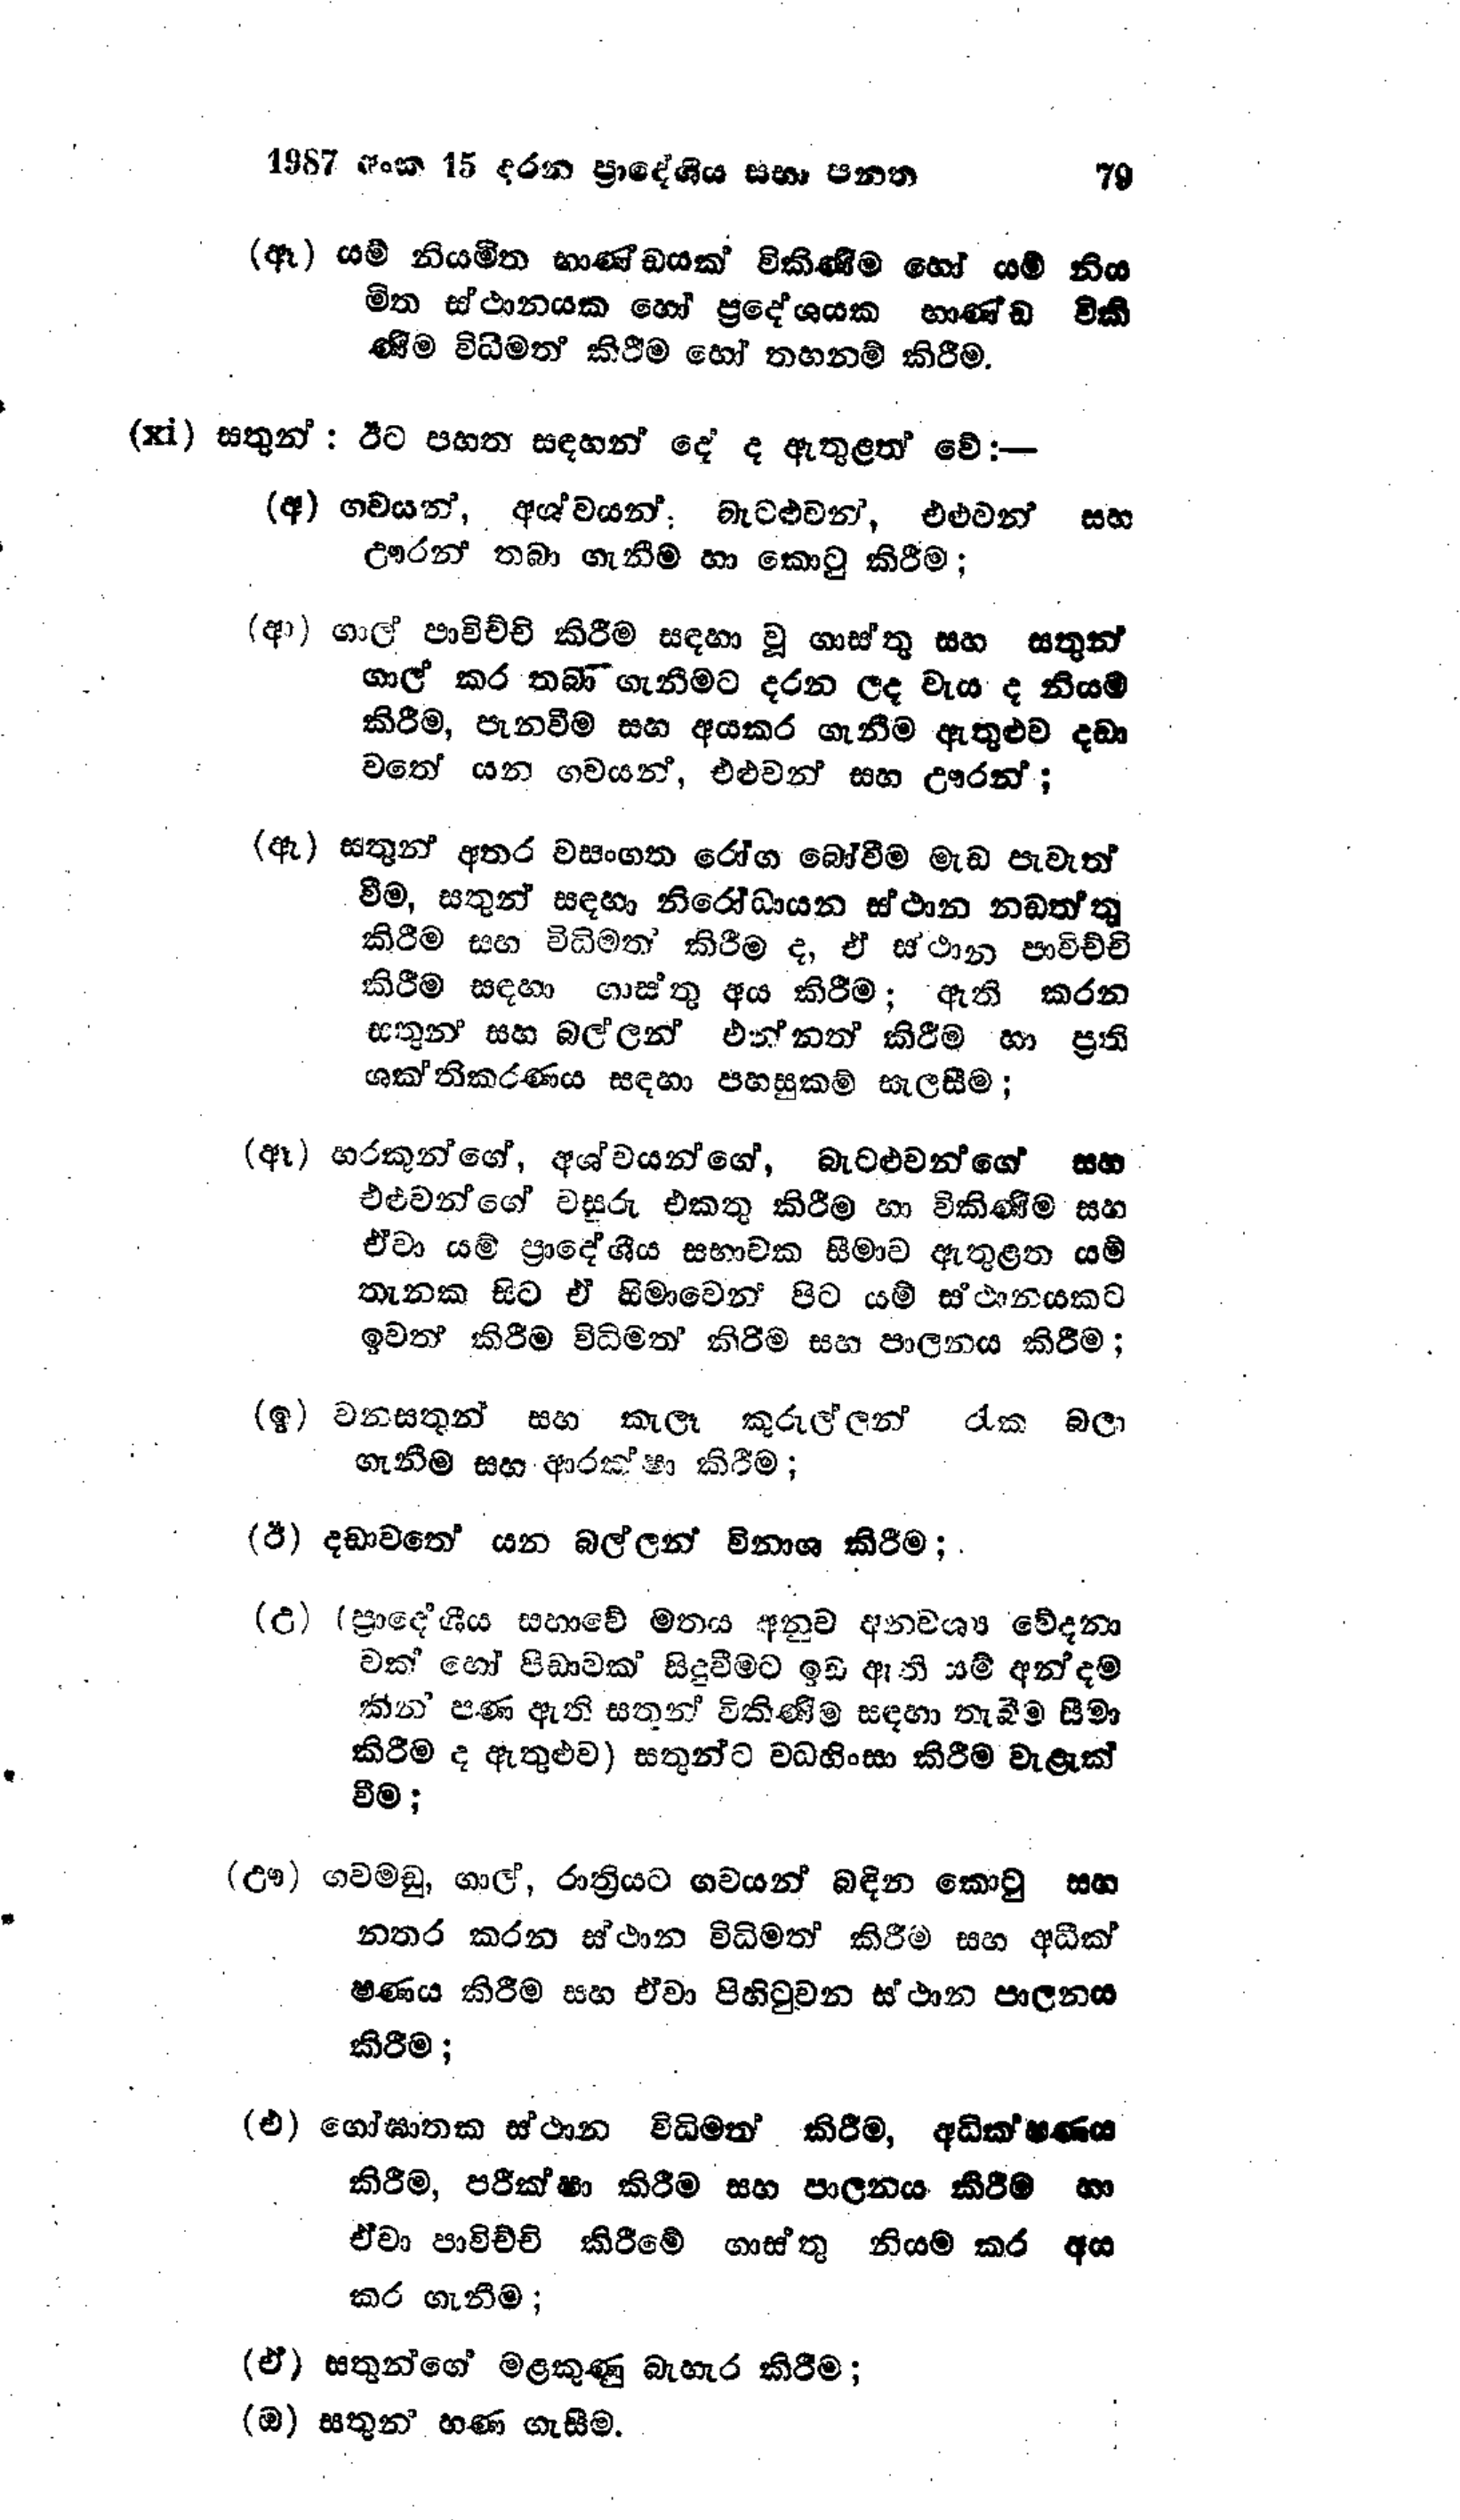
1987 අංක 15 දරන ප්‍රාදේශිය සභා පනත 79

(ඈ) යම් නියමිත භාණ්ඩයක් විකිණීම හෝ යම් නිය
මිත ස්ථානයක හෝ ප්‍රදේශයක භාණ්ඩ විකි
ණීම විධිමත් කිරීම හෝ තහනම් කිරීම.

(xi) සතුන් : ඊට පහත සඳහන් දේ ද ඇතුළත් වේ :-

(අ) ගවයන්, අශ්වයන්, බැටළුවන්, එළුවන් සහ
ඌරන් තබා ගැනීම හා කොටු කිරීම;

(ආ) ගාල් පාවිච්චි කිරීම සඳහා වූ ගාස්තු සහ සතුන්
ගාල් කර තබා ගැනීමට දරන ලද වැය ද නියම
කිරීම, පැනවීම සහ අයකර ගැනීම ඇතුළුව දඩා
වතේ යන ගවයන්, එළුවන් සහ ඌරන්;

(ඇ) සතුන් අතර වසංගත රෝග බෝවීම මැඩ පැවැත්
වීම, සතුන් සඳහා නිරෝධායන ස්ථාන නඩත්තු
කිරීම සහ විධිමත් කිරීම ද, ඒ ස්ථාන පාවිච්චි
කිරීම සඳහා ගාස්තු අය කිරීම; ඇති කරන
සතුන් සහ බල්ලන් එන්නත් කිරීම හා ප්‍රති
ශක්තිකරණය සඳහා පහසුකම් සැලසීම;

(ඈ ) හරකුන්ගේ, අශ්වයන්ගේ, බැටළුවන්ගේ සහ
එළුවන්ගේ වසුරු එකතු කිරීම හා විකිණීම සහ
ඒවා යම් ප්‍රාදේශීය සභාවක සීමාව ඇතුළත යම්
තැනක සිට ඒ සීමාවෙන් පිට යම් ස්ථානයකට
ඉවත් කිරීම විධිමත් කිරීම සහ පාලනය කිරීම;

(ඉ) වනසතුන් සහ කැලෑ කුරුල්ලන් රැක බලා
ගැනීම සහ ආරක්ෂා කිරීම;

(ඊ) දඩාවතේ යන බල්ලන් විනාශ කිරීම;

(උ) (ප්‍රාදේශීය සභාවේ මතය අනුව අනවශ්‍ය වේදනා
වක් හෝ පීඩාවක් සිදුවීමට ඉඩ ඇති යම් අන්දම
කින් පණ ඇති සතුන් විකිණීම සඳහා තැබීම සීමා
කිරීම ද ඇතුළුව) සතුන්ට වධහිංසා කිරීම වැළැක්
වීම;

(ඌ) ගවමඩු, ගාල්, රාත්‍රියට ගවයන් බඳින කොටු සහ
නතර කරන ස්ථාන විධිමත් කිරීම සහ අධීක්
ෂණය කිරීම සහ ඒවා පිහිටුවන ස්ථාන පාලනය
කිරීම;

(එ) ගෝඝාතක ස්ථාන විධිමත කිරීම, අධික්ෂණය
කිරීම, පරීක්ෂා කිරීම සහ පාලනය කිරීම හා
ඒවා පාවිච්චි කිරීමේ ගාස්තු නියම කර අය
කර ගැනීම ;

(ඒ) සතුන්ගේ මළකුණු බැහැර කිරීම;
(ඔ) සතුන හණ ගැසීම.